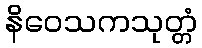
နိဝေသကသုတ္တံ